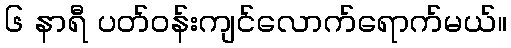
၆ နာရီ ပတ်ဝန်းကျင်လောက်ရောက်မယ်။